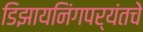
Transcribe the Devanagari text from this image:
डिझायनिंगपर्यंतचे